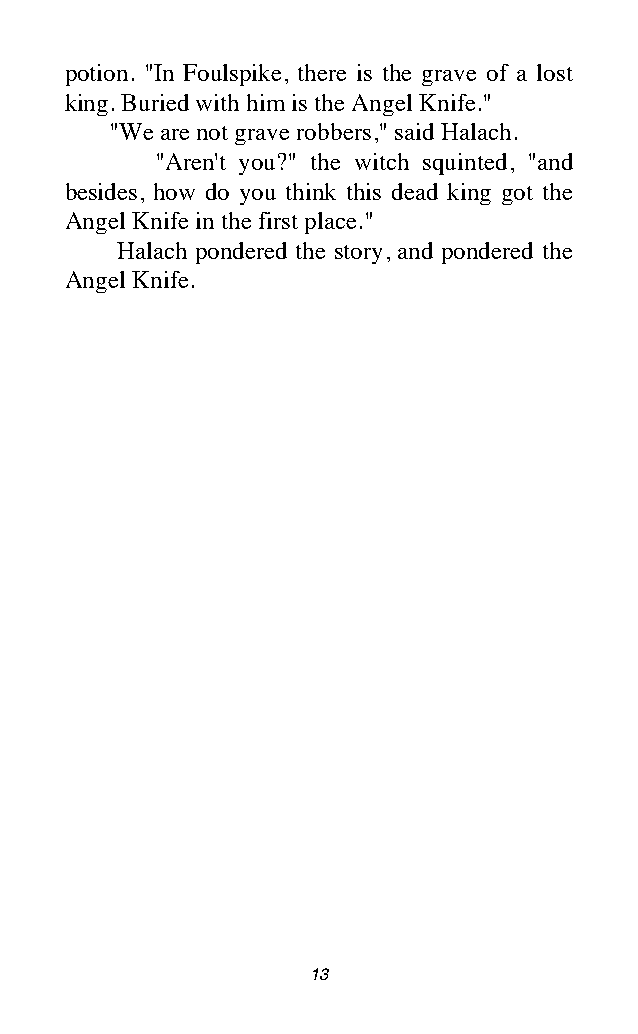
potion. "In Foulspike, there is the grave of a lost
 king. Buried with him is the Angel Knife."
 "We are not grave robbers," said Halach.
 "Aren't you?" the witch squinted, "and
 besides, how do you think this dead king got the
 Angel Knife in the first place."
 Halach pondered the story, and pondered the
 Angel Knife.
 13